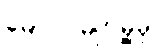
မော်လမြိုင်မြို့မှ